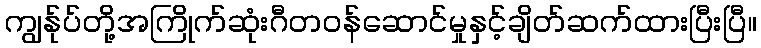
ကျွန်ုပ်တို့အကြိုက်ဆုံးဂီတဝန်ဆောင်မှုနှင့်ချိတ်ဆက်ထားပြီးပြီ။